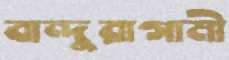
বান্দুরাগামী